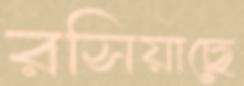
রসিয়াছে